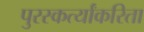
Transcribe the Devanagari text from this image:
पुरस्कर्त्यांकरिता